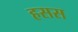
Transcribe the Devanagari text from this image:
हसस